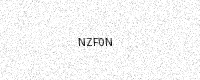
Text: NZF0N